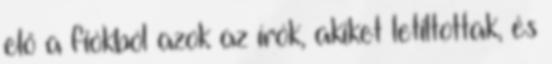
elő a fiókból azok az írók, akiket letiltottak, és